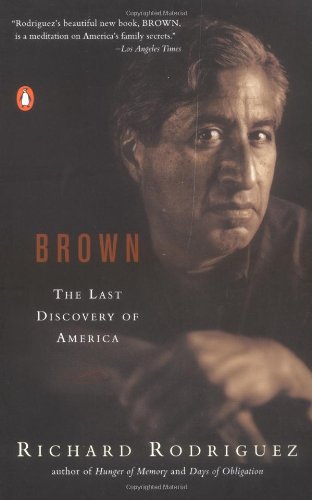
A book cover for Brown: The Last Discovery of America; Richard Rodriguez; Biographies & Memoirs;